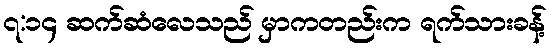
၇:၁၄ ဆက်ဆံလေသည် မှာကတည်းက ရက်သားခန့်